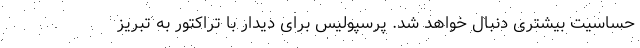
حساسیت بیشتری دنبال خواهد شد. پرسپولیس برای دیدار با تراکتور به تبریز